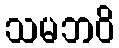
သမဘဝိ